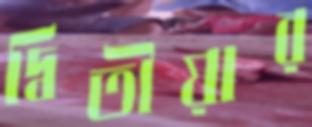
দ্বিতীয়ার